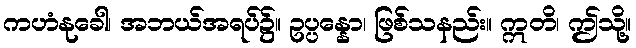
ကဟံနုခေါ၊ အဘယ်အရပ်၌။ ဥပ္ပန္နော၊ ဖြစ်သနည်း။ ဣတိ၊ ဤသို့။